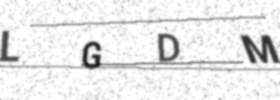
Text: LGDM